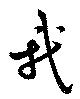
我